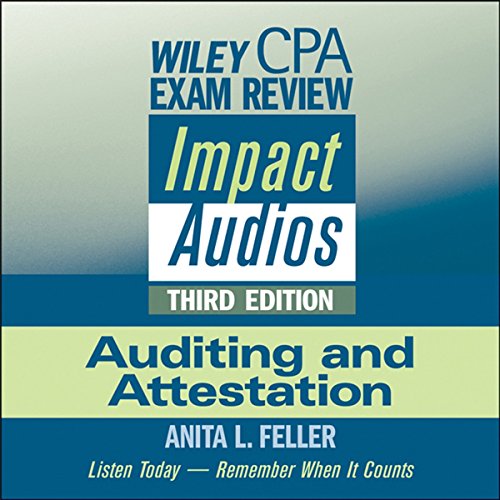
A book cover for Wiley CPA Exam Review Impact Audios: Auditing and Attestation, 3rd Edition; Anita L. Feller; Test Preparation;